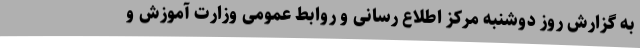
به گزارش روز دوشنبه مرکز اطلاع رسانی و روابط عمومی وزارت آموزش و